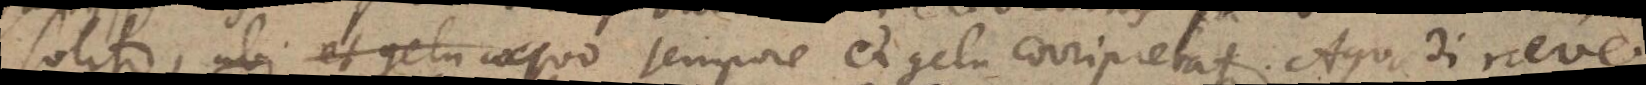
solito, ubi et gelu a quo tempore et gelu corripiebatur. Aqua di neve